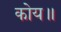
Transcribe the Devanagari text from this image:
कोय॥